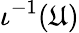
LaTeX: \iota^{-1}(\mathfrak{U})